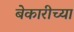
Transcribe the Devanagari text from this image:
बेकारीच्या